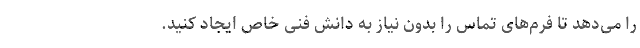
را می‌دهد تا فرم‌های تماس را بدون نیاز به دانش فنی خاص ایجاد کنید.